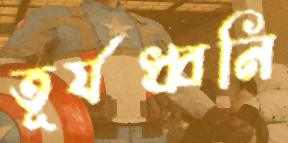
তূর্যধ্বনি